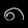
Digit: ၈